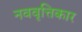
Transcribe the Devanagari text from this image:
नववृत्तिकार